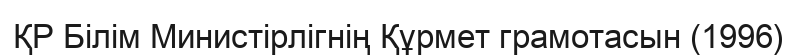
ҚР Білім Министірлігнің Құрмет грамотасын (1996)